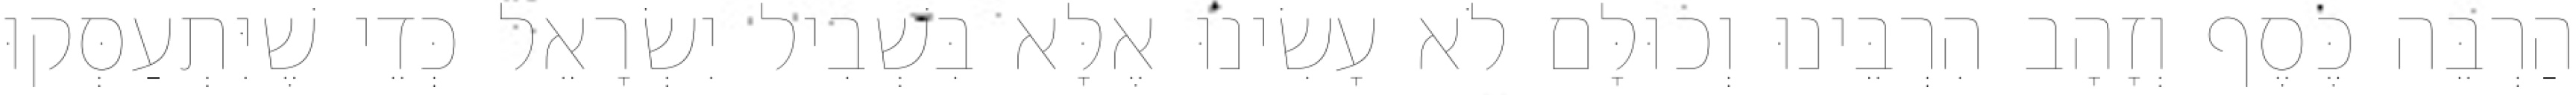
הַרְבֵּה כֶּסֶף וְזָהָב הִרְבֵּינוּ וְכוּלָּם לֹא עָשִׂינוּ אֶלָּא בִּשְׁבִיל יִשְׂרָאֵל כְּדֵי שֶׁיִּתְעַסְּקוּ